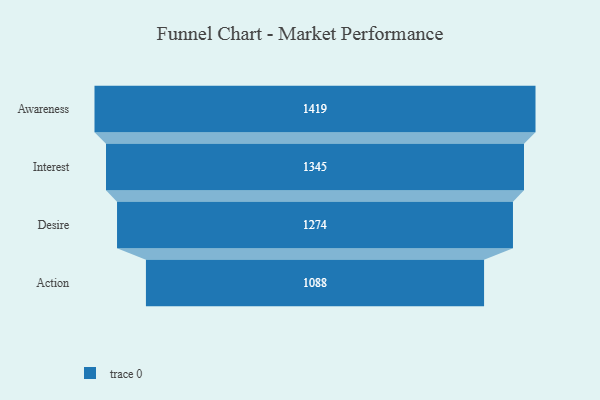
{"axis": {"x": "Stage", "y": "Value"}, "legend": [""], "data": [{"x": "Awareness", "y": 1419.0, "type": ""}, {"x": "Interest", "y": 1345.0, "type": ""}, {"x": "Desire", "y": 1274.0, "type": ""}, {"x": "Action", "y": 1088.0, "type": ""}]}